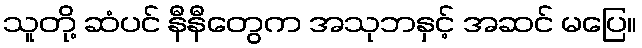
သူတို့ ဆံပင် နီနီတွေက အသုဘနှင့် အဆင် မပြေ။